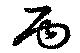
丙